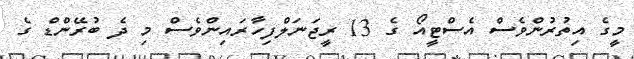
މީގެ އިތުރުންވެސް އެސްޓީއޯ ގެ 13 ރީޖަނަލްފިހާރައިންވެސް މި ދެ ބުރޭންޑް ގެ